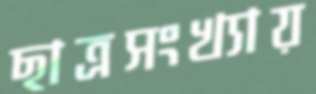
ছাত্রসংখ্যায়